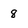
Character: 8